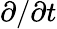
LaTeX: \partial/\partial t